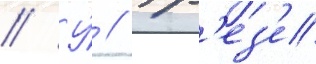
// У́ // Фр'ез'е